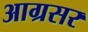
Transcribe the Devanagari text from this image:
आग्रसर